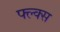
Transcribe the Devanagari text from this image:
फ्ल्क्स